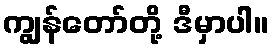
ကျွန်တော်တို့ ဒီမှာပါ။